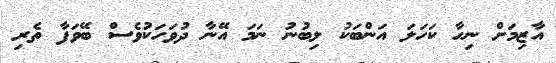
އާޒިމަށް ނިހާ ކަހަލަ އަންބަކު ލިބުނު ނަމަ އޭނާ ދުވަހަކުވެސް ބޭވަފާ ތެރި